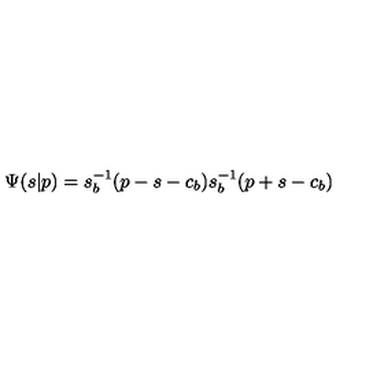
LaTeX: \Psi ( s | p ) = s _ { b } ^ { - 1 } ( p - s - c _ { b } ) s _ { b } ^ { - 1 } ( p + s - c _ { b } )